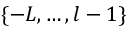
\{ - L , \ldots , l - 1 \}